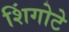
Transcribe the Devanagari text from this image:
शिंगोटे